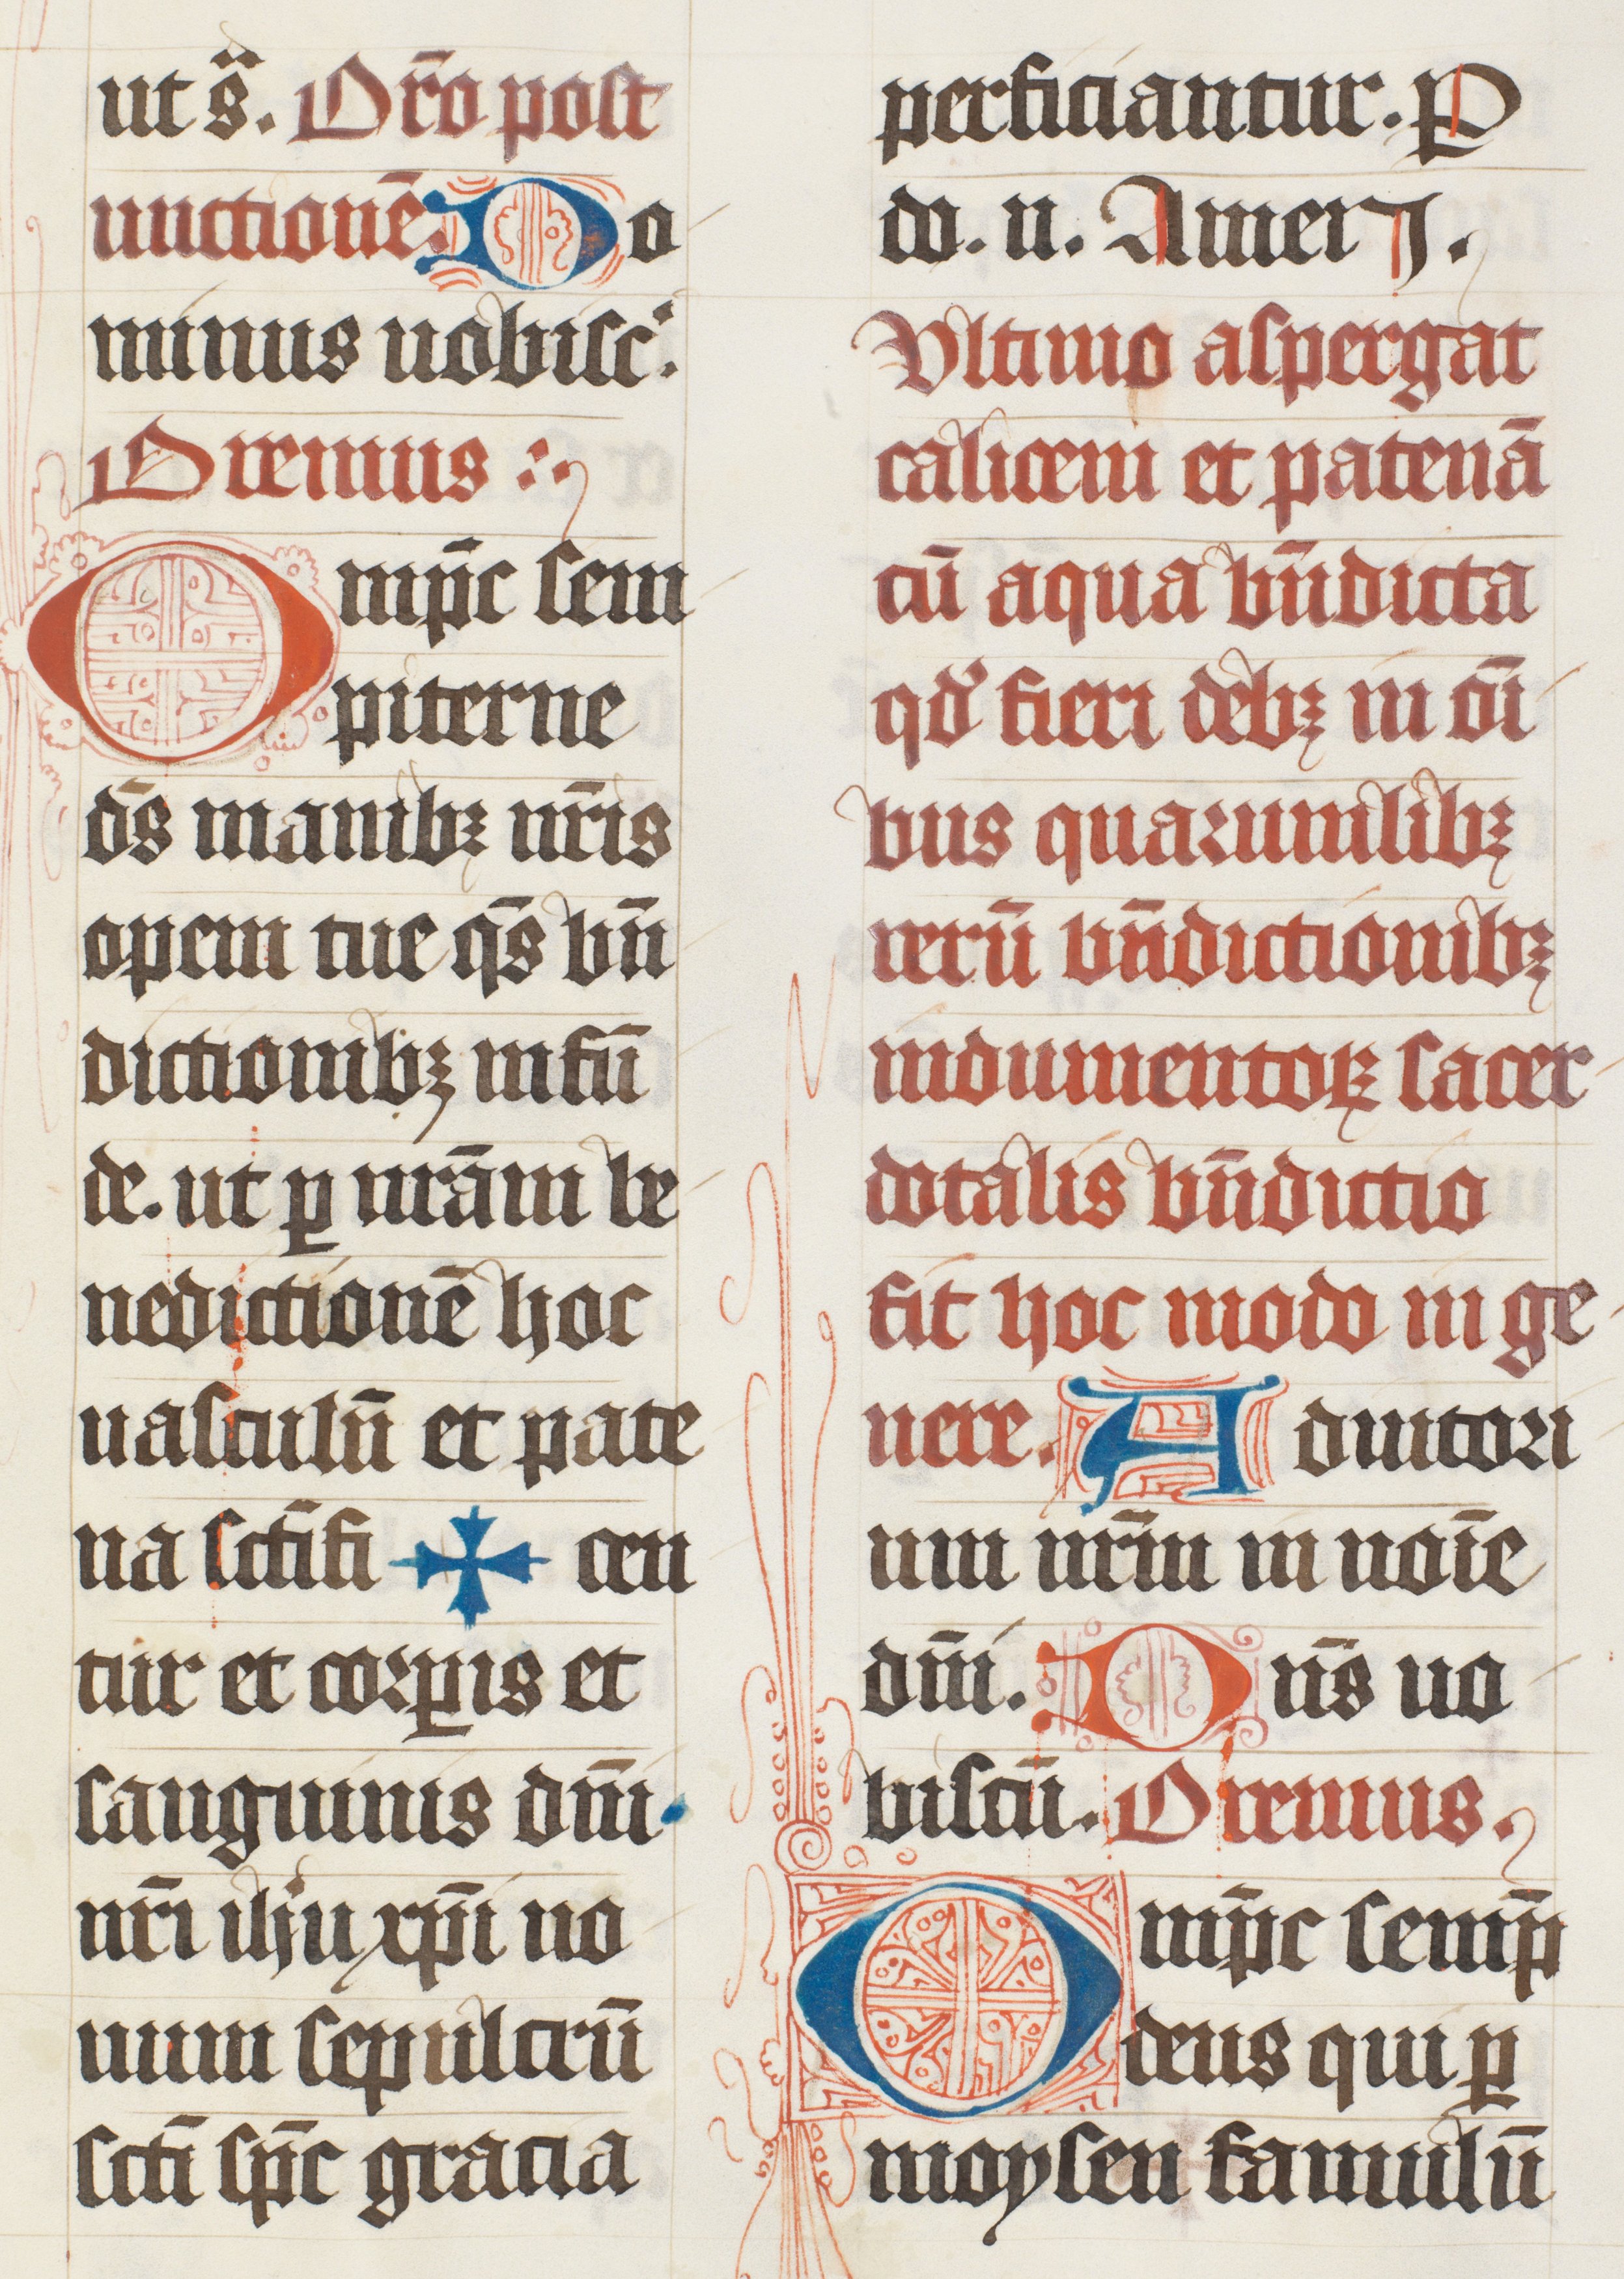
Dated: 1447–1478